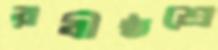
রবীষ্ঠশ্রে